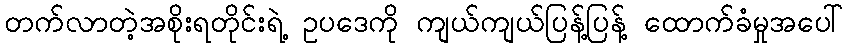
တက်လာတဲ့အစိုးရတိုင်းရဲ့ ဥပဒေကို ကျယ်ကျယ်ပြန့်ပြန့် ထောက်ခံမှုအပေါ်